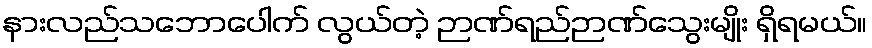
နားလည်သဘောပေါက် လွယ်တဲ့ ဉာဏ်ရည်ဉာဏ်သွေးမျိုး ရှိရမယ်။